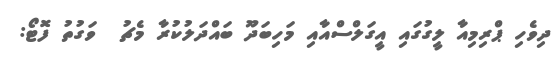
ދިވެހި ޕްރިމިއާ ލީގުގައި އީގަލްސްއާއި މަހިބަދޫ ބައްދަލުކުރާ މެޗު  ވަގުތު ފޮޓޯ: